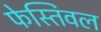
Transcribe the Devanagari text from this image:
फेस्तिवल